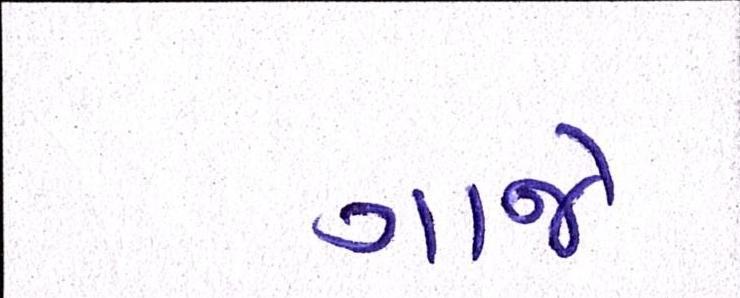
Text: ગાજે